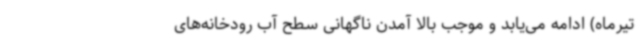
تیرماه) ادامه می‌یابد و موجب بالا آمدن ناگهانی سطح آب رودخانه‌های